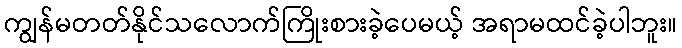
ကျွန်မတတ်နိုင်သလောက်ကြိုးစားခဲ့ပေမယ့် အရာမထင်ခဲ့ပါဘူး။